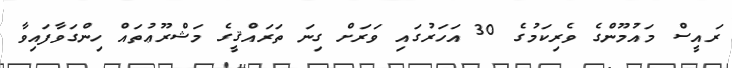
ރައީސް މައުމޫންގެ ވެރިކަމުގެ 30 އަހަރުގައި ވަރަށް ގިނަ ތަރައްޤީގެ މަޝްރޫޢުތައް ހިންގަވާފައިވާ